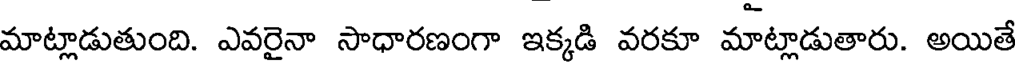
మాట్లాడుతుంది. ఎవరైనా సాధారణంగా ఇక్కడి వరకూ మాట్లాడుతారు. అయితే